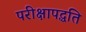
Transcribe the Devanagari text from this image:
परीक्षापद्धति